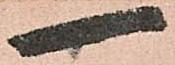
一